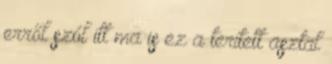
erről szól itt ma is ez a terített asztal